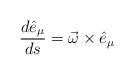
\begin{align*}\frac{d\hat{e}_\mu}{ds} = \vec{\omega} \times \hat{e}_\mu \end{align*}